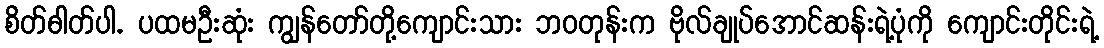
စိတ်ဓါတ်ပါ. ပထမဦးဆုံး ကျွန်တော်တို့ကျောင်းသား ဘဝတုန်းက ဗိုလ်ချုပ်အောင်ဆန်းရဲ့ပုံကို ကျောင်းတိုင်းရဲ့